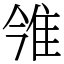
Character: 雂